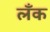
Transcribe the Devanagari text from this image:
लँक